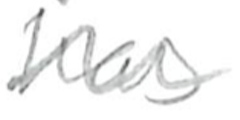
Text: has
Cross-out: mix
Writing tool: pencil